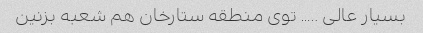
بسیار عالی ….. توی منطقه ستارخان هم شعبه بزنین